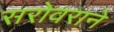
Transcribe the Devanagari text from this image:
सरोवराने